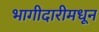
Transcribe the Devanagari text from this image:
भागीदारीमधून